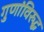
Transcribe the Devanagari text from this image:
गुणांविरुद्ध